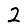
Digit: 2